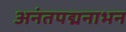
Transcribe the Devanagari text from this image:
अनंतपद्मनाभन